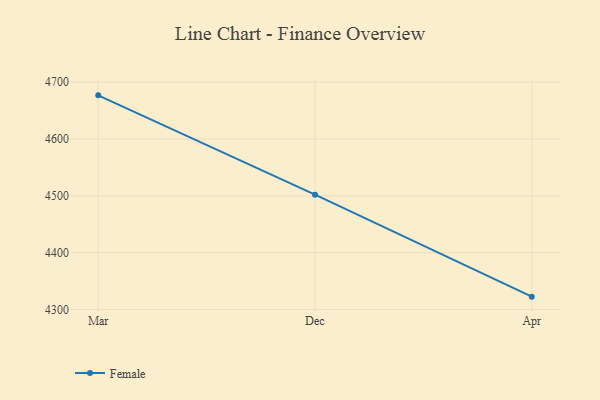
{"axis": {"x": "Month", "y": "Energy Usage (MWh)"}, "legend": ["Female"], "data": [{"x": "Mar", "y": 4676.9, "type": "Female"}, {"x": "Dec", "y": 4502.1, "type": "Female"}, {"x": "Apr", "y": 4322.6, "type": "Female"}]}